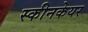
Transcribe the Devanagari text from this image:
स्कीनकेयर